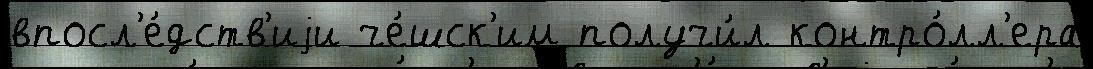
впосл'е́дств'иjи че́шск'им получи́л контро́лл'ера